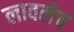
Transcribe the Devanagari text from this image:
लावलेच